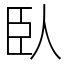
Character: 臥